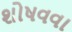
શોષવવા